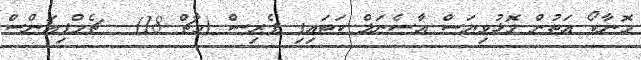
މޮނާކޯ އަތުން މޮޅުވިޔަސް އާސެނަލް ކަޓައިފި ޕެރިސް (މާޗް 18) - ޗެމްޕިއަންސް